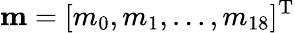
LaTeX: {\mathbf{m}}={[{m_{0}},{m_{1}},...,{m_{18}}]^{\mathrm{T}}}